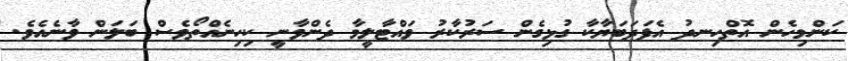
ކަންމިހެން އޮތްހިނދު އެފަދަބަޔާކާ ގުޅިގެން ސަރުކާރު ވައްޓާލީމާ ދެންވާނީ ކިހިނެއްތޯވެސް ބަލަން ވާނެއެވެ.